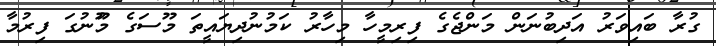
ގުރާ ބައިވަރު އަދިބުނަން މަންޖެގެ ފިރިމީހާ މިހާރު ކަމުނުދިޔައީތަ މޫސަގެ މުޫނުގަ ފިރުމާ